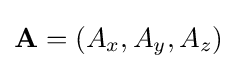
\mathbf {A} =(A_{x},A_{y},A_{z})